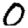
Digit: 0